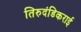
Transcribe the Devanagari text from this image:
तिरुदंडिकराई